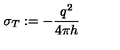
\sigma _ { T } : = - \frac { q ^ { 2 } } { 4 \pi h }